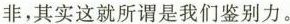
非，其实这就所谓是我们鉴别力